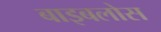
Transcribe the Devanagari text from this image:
बाइबलोस